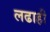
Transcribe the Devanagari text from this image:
लढाही